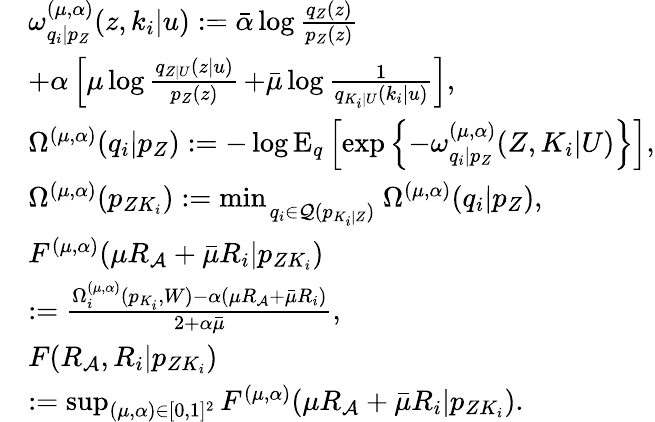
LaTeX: \begin{array}{rl}&{\omega_{q_{i}|p_{Z}}^{(\mu,\alpha)}(z,k_{i}|u):=\bar{\alpha}\log\frac{q_{Z}(z)}{p_{Z}(z)}}\\ &{+\alpha\left[{\mu}\log\frac{q_{Z|U}(z|u)}{p_{Z}(z)}\right.\left.+\bar{\mu}\log\frac{1}{q_{K_{i}|U}(k_{i}|u)}\right],}\\ &{\Omega^{(\mu,\alpha)}(q_{i}|p_{Z}):=-\log\mathrm{E}_{q}\left[\exp\left\{ -\omega_{q_{i}|p_{Z}}^{(\mu,\alpha)}(Z,K_{i}|U)\right\} \right],}\\ &{\Omega^{(\mu,\alpha)}(p_{ZK_{i}}):=\operatorname*{min}_{\scriptstyle\atop{\scriptstyle q_{i}\in{{\cal Q}}(p_{K_{i}|Z})}}\Omega^{(\mu,\alpha)}(q_{i}|p_{Z}),}\\ &{F^{(\mu,\alpha)}({\mu}R_{\cal A}+\bar{\mu}R_{i}|p_{ZK_{i}})}\\ &{:=\frac{\Omega_{i}^{(\mu,\alpha)}(p_{K_{i}},W)-\alpha({\mu}R_{\cal A}+\bar{\mu}R_{i})}{2+\alpha\bar{\mu}},}\\ &{F(R_{\cal A},R_{i}|p_{ZK_{i}})}\\ &{:=\operatorname*{sup}_{(\mu,\alpha)\in[0,1]^{2}}F^{(\mu,\alpha)}({\mu}R_{\cal A}+\bar{\mu}R_{i}|p_{ZK_{i}}).}\end{array}